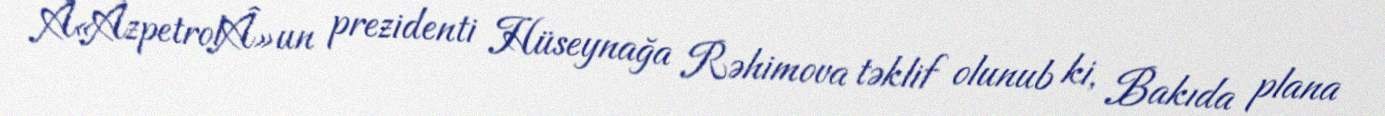
Â«AzpetrolÂ»un prezidenti Hüseynağa Rəhimova təklif olunub ki, Bakıda plana